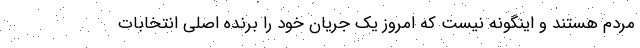
مردم هستند و اینگونه نیست که امروز یک جریان خود را برنده اصلی انتخابات